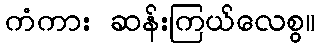
ကံကား ဆန်းကြယ်လေစွ။